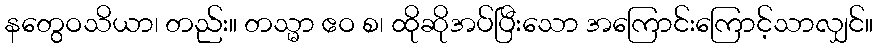
နတွေဝသိယာ၊ တည်း။ တသ္မာ ဧဝ စ၊ ထိုဆိုအပ်ပြီးသော အကြောင်းကြောင့်သာလျှင်။